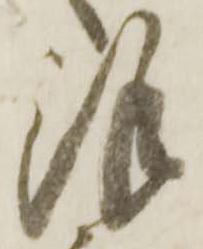
謹